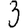
Digit: 3